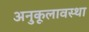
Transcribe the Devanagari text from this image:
अनुकूलावस्था